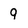
Character: 9